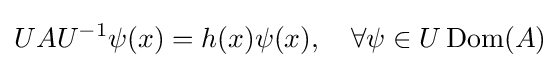
UAU^{-1}\psi (x)=h(x)\psi (x),\quad \forall \psi \in U\operatorname {Dom} (A)